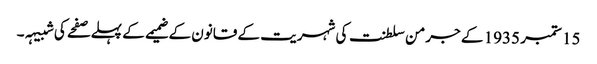
15 ستمبر 1935 کے جرمن سلطنت کی شہریت کے قانون کے ضمیمے کے پہلے صفحے کی شبیہہ۔